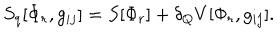
LaTeX: S _ { q } [ \Phi _ { r } , g _ { i j } ] = S [ \Phi _ { r } ] + \delta _ { Q } V [ \Phi _ { r } , g _ { i j } ] .